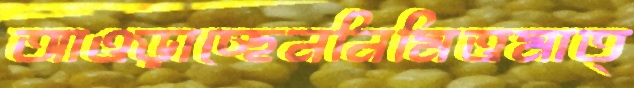
আওড়াচ্ছেননিমিত্তমাত্